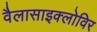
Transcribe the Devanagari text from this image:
वैलासाइक्लोविर